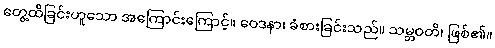
တွေ့ထိခြင်းဟူသော အကြောင်းကြောင့်။ ဝေဒနာ၊ ခံစားခြင်းသည်။ သမ္ဘဝတိ၊ ဖြစ်၏။